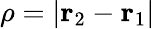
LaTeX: \rho=|\mathbf{r}_{2}-\mathbf{r}_{1}|